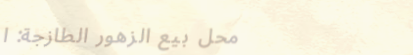
محل بيع الزهور الطازجة: ا